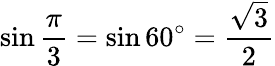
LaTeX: \sin{\frac{\pi}{3}}=\sin 60^{\circ}={\frac{\sqrt{3}}{2}}